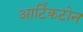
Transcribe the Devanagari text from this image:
आर्टिकटोन